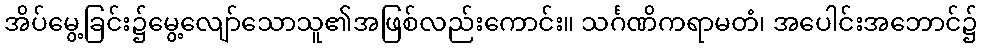
အိပ်မွေ့ခြင်း၌မွေ့လျော်သောသူ၏အဖြစ်လည်းကောင်း။ သင်္ဂဏိကရာမတံ၊ အပေါင်းအဘောင်၌